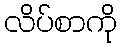
လိပ်စာကို